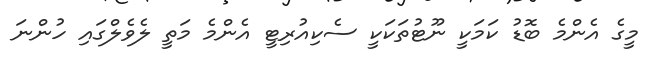
މީގެ އެންމެ ބޮޑު ކަމަކީ ނޫޓުތަކަކީ ސެކިއުރިޓީ އެންމެ މަތީ ލެވެލްގައި ހުންނަ